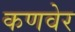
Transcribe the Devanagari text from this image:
कणवेर